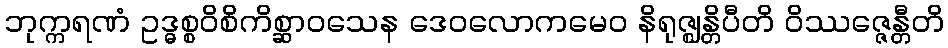
ဘုက္ကရဏံ ဥဒ္ဓစ္စဝိစိကိစ္ဆာဝသေန ဒေဝလောကမေဝ နိရုဇ္ဈန္တိပီတိ ဝိဿဇ္ဇေန္တီတိ